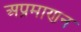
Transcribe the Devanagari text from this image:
अप्रमाणन